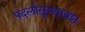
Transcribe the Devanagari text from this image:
पदलोलुपतावश